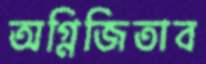
অগ্নিজিতাব